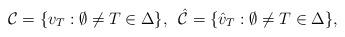
LaTeX: \begin{align*}\mathcal{C} = \{v_T: \emptyset \neq T \in \Delta \}, \,\,\,\hat{\mathcal{C}} = \{\hat{v}_T: \emptyset \neq T\in \Delta \}, \end{align*}